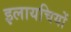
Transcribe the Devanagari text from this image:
इलायचियों